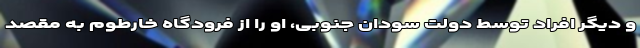
و دیگر افراد توسط دولت سودان جنوبی، او را از فرودگاه خارطوم به مقصد